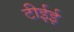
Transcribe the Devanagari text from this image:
टीईई